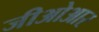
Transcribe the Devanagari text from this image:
जीओआर